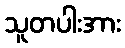
သူတပါးအား